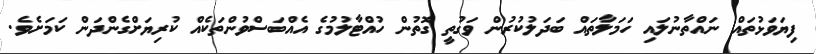
ފިޔަވަޅުތައް ނައްތާނުލައި ހަމަލާތައް ބަދަލުކުރުން ވަގުތީ ގޮތުން ހުއްޓާލުމުގެ އެއްބަސްވުންތަކެއް ކުރިޔަށްގެންދަން ކަމަށެވެ.